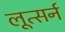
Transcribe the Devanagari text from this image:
लूत्सर्न